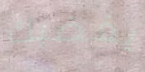
يغضبك